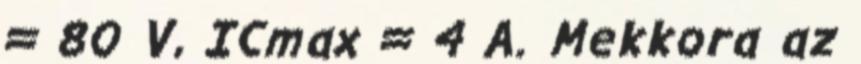
= 80 V, ICmax = 4 A. Mekkora az